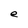
Character: e